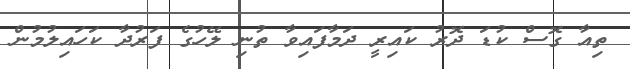
ތިއާ ގޮސް ކުޑަ ދޮރު ކައިރީ ދަމާފައިވާ ތުނި ލޭހުގެ ފަރުދާ ކަހައިލުމުން